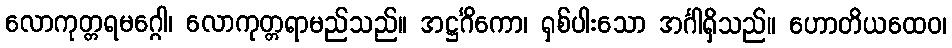
လောကုတ္တရမဂ္ဂေါ၊ လောကုတ္တရာမည်သည်။ အဋ္ဌင်္ဂိကော၊ ရှစ်ပါးသော အင်္ဂါရှိသည်။ ဟောတိယထေဝ၊